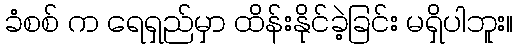
ခံစစ် က ရေရှည်မှာ ထိန်းနိုင်ခဲ့ခြင်း မရှိပါဘူး။